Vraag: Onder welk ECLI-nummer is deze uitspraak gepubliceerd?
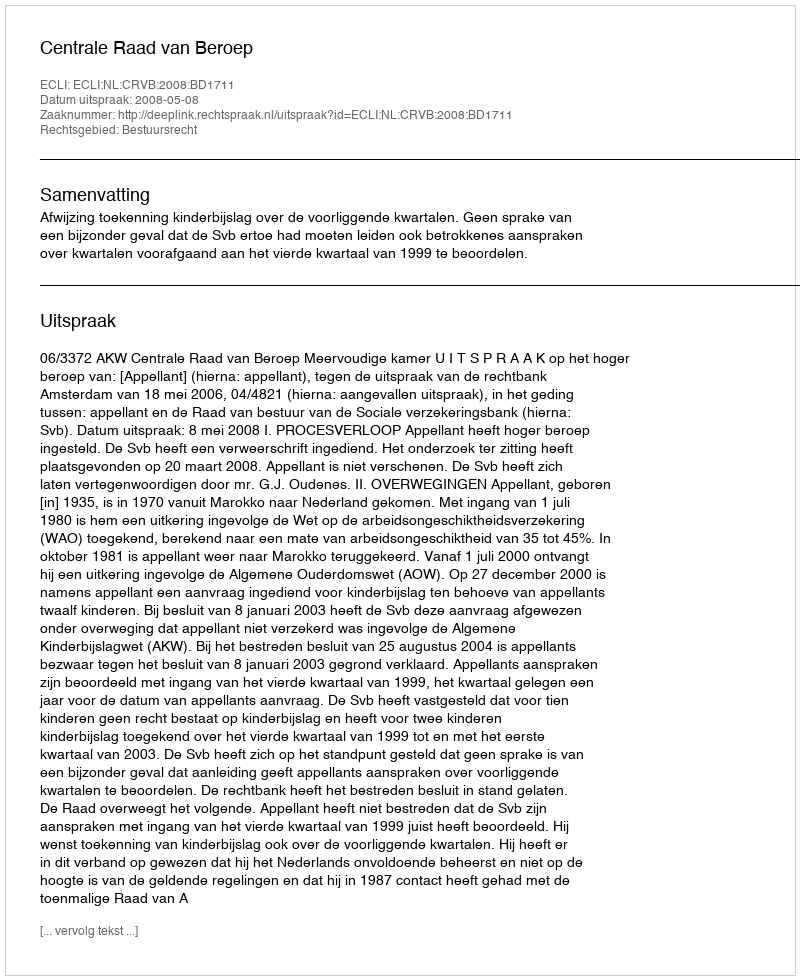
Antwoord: ECLI:NL:CRVB:2008:BD1711